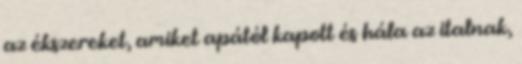
az ékszereket, amiket apától kapott és hála az italnak,